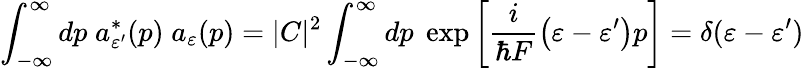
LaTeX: \int_{-\infty}^{\infty}dp\; a_{\varepsilon^{\prime}}^{*}(p)\; a_{\varepsilon}(p)=|C|^{2}\int_{-\infty}^{\infty}dp\; \exp\left[\frac{i}{\hbar F}\left(\varepsilon-\varepsilon^{\prime}\right)p\right]=\delta(\varepsilon-\varepsilon^{\prime})